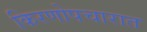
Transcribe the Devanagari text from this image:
किरणोपचारात